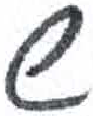
אות: ש